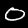
Digit: 0